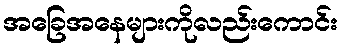
အခြေအနေများကိုလည်းကောင်း